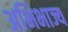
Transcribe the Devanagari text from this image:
अभिभाज्य